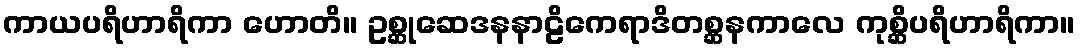
ကာယပရိဟာရိကာ ဟောတိ။ ဥစ္ဆုဆေဒနနာဠိကေရာဒိတစ္ဆနကာလေ ကုစ္ဆိပရိဟာရိကာ။